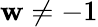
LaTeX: \mathbf{w}\neq-1